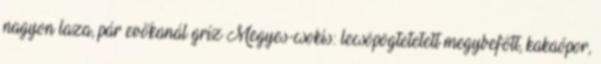
nagyon laza, pár evőkanál gríz Megyes-csokis: lecsöpögtetetett megybefőtt, kakaópor,